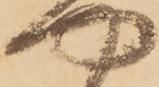
や